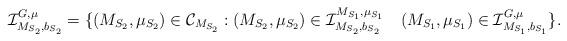
LaTeX: \begin{align*}\mathcal{I}^{G, \mu}_{M_{S_2}, b_{S_2}} =\{ (M_{S_2}, \mu_{S_2}) \in \mathcal{C}_{M_{S_2}} : (M_{S_2}, \mu_{S_2}) \in \mathcal{I}^{M_{S_1}, \mu_{S_1}}_{M_{S_2}, b_{S_2}} \,\ \,\ (M_{S_1}, \mu_{S_1}) \in \mathcal{I}^{G, \mu}_{M_{S_1}, b_{S_1}} \}.\end{align*}